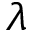
\lambda